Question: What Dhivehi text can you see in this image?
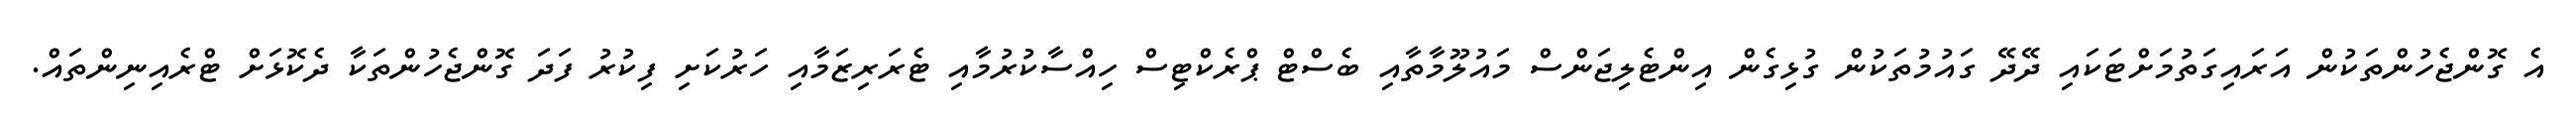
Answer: އެ ގޮންޖެހުންތަކުން އަރައިގަތުމަށްޓަކައި ދޭދޭ ގައުމުތަކުން ގުޅިގެން އިންޓެލިޖަންސް މައުލޫމާތާއި ބެސްޓް ޕްރެކްޓިސް ހިއްސާކުރުމާއި ޓެރަރިޒަމާއި ހަރުކަށި ފިކުރު ފަދަ ގޮންޖެހުންތަކާ ދެކޮޅަށް ޓްރެއިނިންތައް.